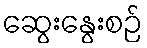
ဆွေးနွေးစဉ်